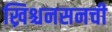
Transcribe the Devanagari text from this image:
ख्रिश्चनसनची